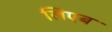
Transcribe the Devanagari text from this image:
लिएब